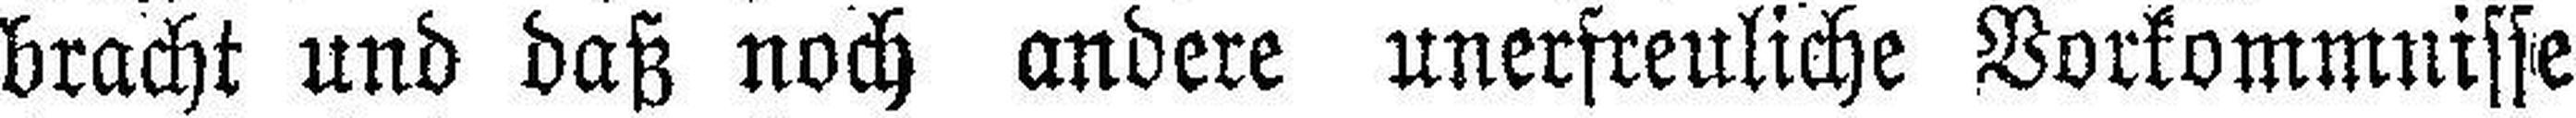
bracht und daß noch andere unerfreuliche Vorkommnisse